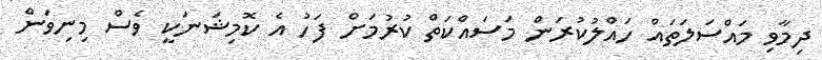
ދިމާވި މައްސަލަތައް ހައްލުކުރަން މަސައްކަތް ކުރުމަށް ފަހު އެ ކޮމިޝަނަކީ ވެސް މިނިވަން